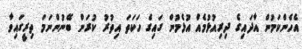
އެހެންކަމުން އާދައިގެ ދިރިއުޅުމެއް އުޅެމުން ގައިގެ ހަކަތަ އިތުރު ކުރަން ބޭނުންނަމަ ތިރީގައިވާ